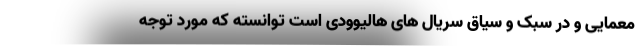
معمایی و در سبک و سیاق سریال های هالیوودی است توانسته که مورد توجه